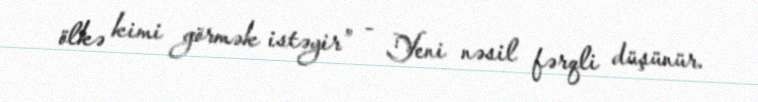
ölkə kimi görmək istəyir” - Yeni nəsil fərqli düşünür.